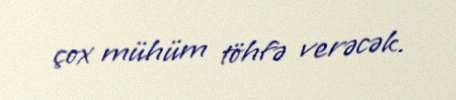
çox mühüm töhfə verəcək.